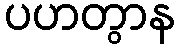
ပဟတွာန